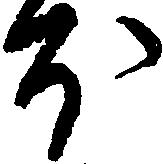
ほ